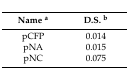
| Name a | D.S. b |
 | --- | --- |
 | pCFP | 0.014 |
 | pNA | 0.015 |
 | pNC | 0.075 |